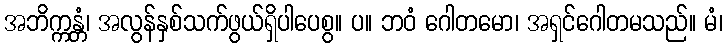
အဘိက္ကန္တံ၊ အလွန်နှစ်သက်ဖွယ်ရှိပါပေစွ။ ပ။ ဘဝံ ဂေါတမော၊ အရှင်ဂေါတမသည်။ မံ၊